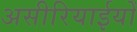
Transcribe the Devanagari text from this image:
असीरियाईयों